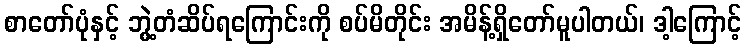
စာတော်ပုံနှင့် ဘွဲ့တံဆိပ်ရကြောင်းကို စပ်မိတိုင်း အမိန့်ရှိတော်မူပါတယ်၊ ဒါ့ကြောင့်